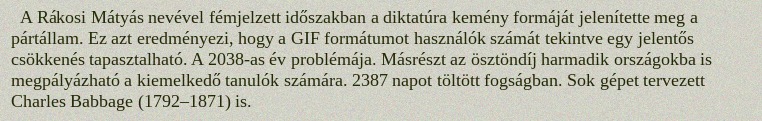
A Rákosi Mátyás nevével fémjelzett időszakban a diktatúra kemény formáját jelenítette meg a pártállam. Ez azt eredményezi, hogy a GIF formátumot használók számát tekintve egy jelentős csökkenés tapasztalható. A 2038-as év problémája. Másrészt az ösztöndíj harmadik országokba is megpályázható a kiemelkedő tanulók számára. 2387 napot töltött fogságban. Sok gépet tervezett Charles Babbage (1792–1871) is.